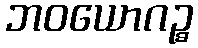
ဘဝယောဂဉ္စ